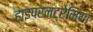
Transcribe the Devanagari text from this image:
हाइपरनट्रेमिया